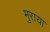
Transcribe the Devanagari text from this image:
मुराया